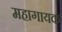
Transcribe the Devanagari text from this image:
महागायक